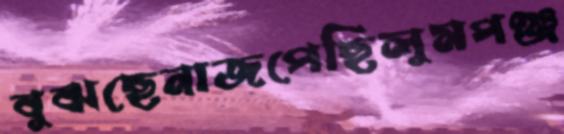
বুঝছেনাজপেছিলুমপঞ্জ